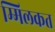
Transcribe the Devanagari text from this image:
म्मिलकत